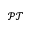
\mathcal { P T }